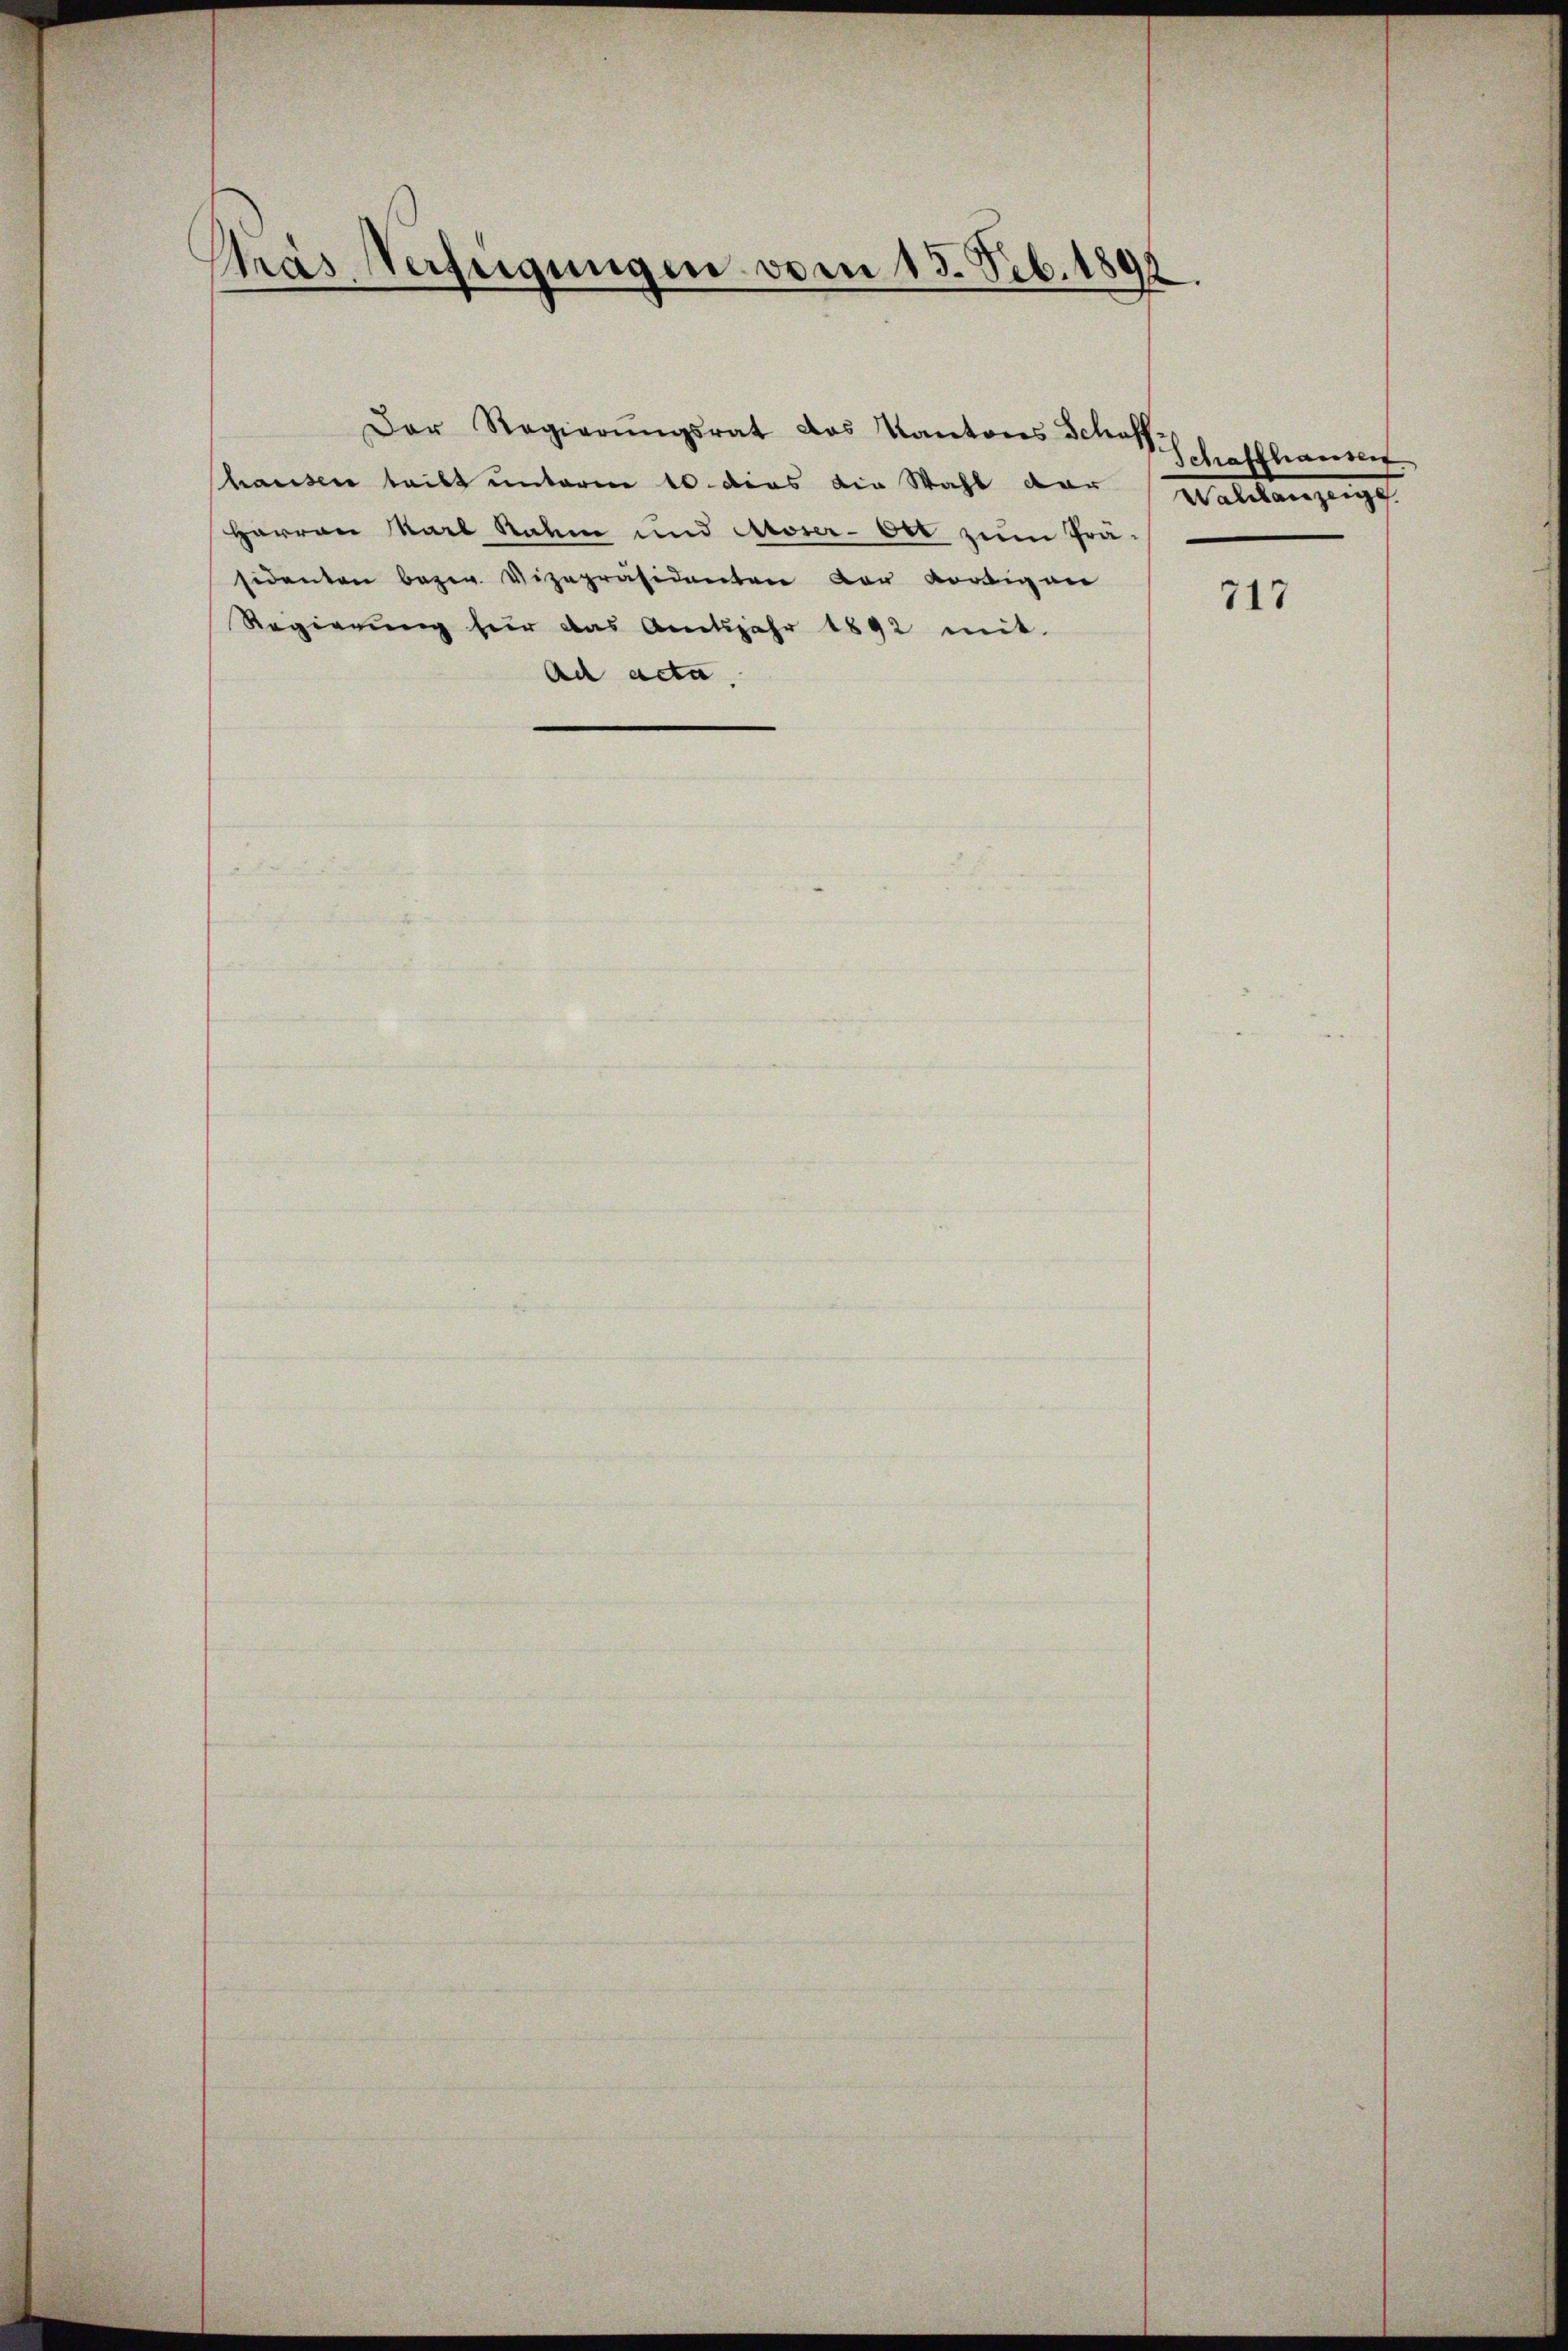
Ptras Verfügungen vom 15. Feb. 1891.

hausen teilt unterm 10. dies die Wahl dar
Harren Karl Rahm und Aroser-Oet zum Prä-
sidenten bezw. Vizepräsidenten der vorigen
Regierung für das Amtsjahr 1892 mit
Ach acta.

Der Regierŭngsrat das Kantons Schaff-

Schaffhausen
Walchanzenge

717